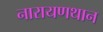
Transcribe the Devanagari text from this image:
नारायणथान